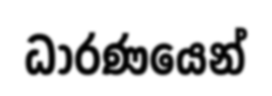
ධාරණයෙන්